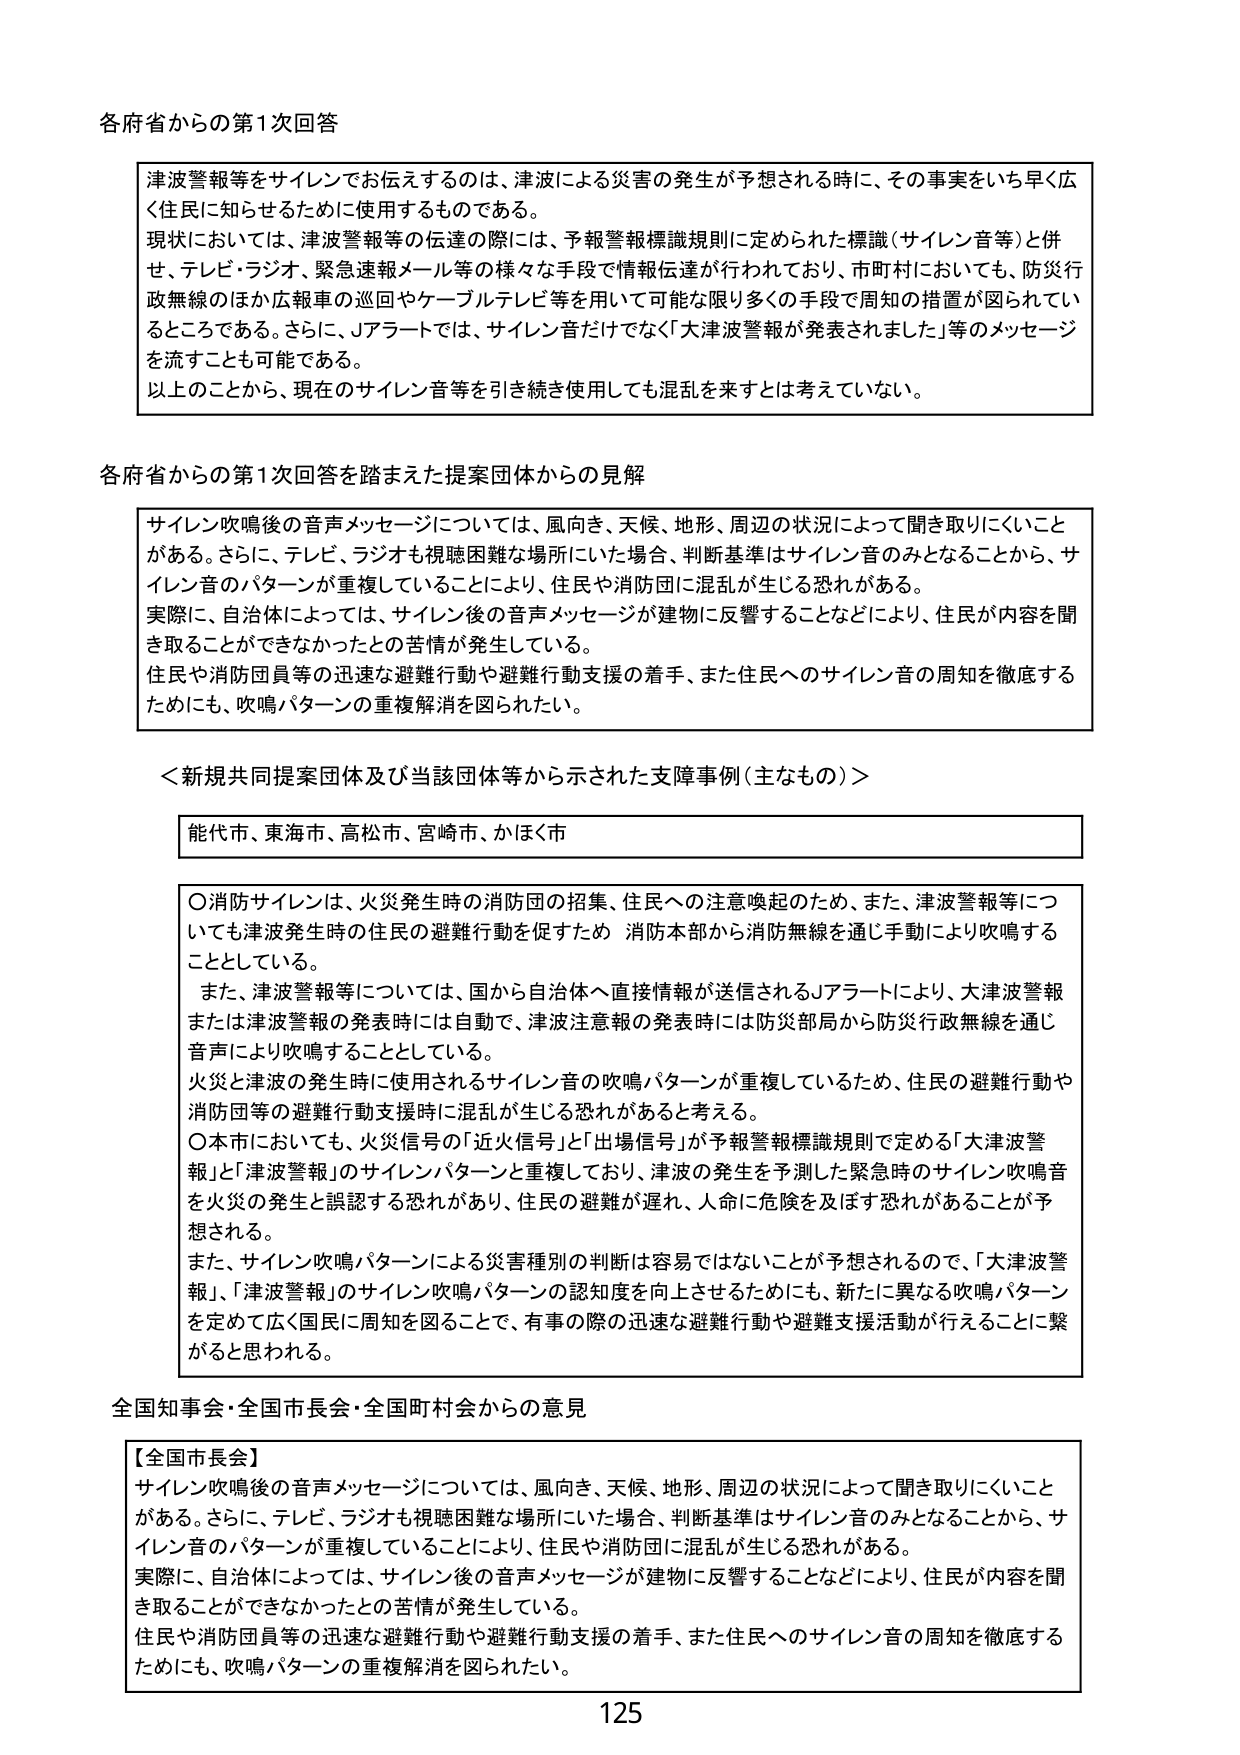
各府省からの第1次回答

津波警報等をサイレンでお伝えするのは、津波による災害の発生が予想される時に、その事実をいち早く広く住民に知らせるために使用するものである。
現状においては、津波警報等の伝達の際には、予報警報標識規則に定められた標識（サイレン音等）と併せ、テレビ・ラジオ、緊急速報メール等の様々な手段で情報伝達が行われており、市町村においても、防災行政無線のほか広報車の巡回やケーブルテレビ等を用いて可能な限り多くの手段で周知の措置が図られているところである。さらに、Jアラートでは、サイレン音だけでなく「大津波警報が発表されました」等のメッセージを流すことも可能である。
以上のことから、現在のサイレン音等を引き続き使用しても混乱を来すとは考えていない。

各府省からの第1次回答を踏まえた提案団体からの見解

サイレン吹鳴後の音声メッセージについては、風向き、天候、地形、周辺の状況によって聞き取りにくいことがある。さらに、テレビ、ラジオも視聴困難な場所にいた場合、判断基準はサイレン音のみとなることから、サイレン音のパターンが重複していることにより、住民や消防団に混乱が生じる恐れがある。
実際に、自治体によっては、サイレン後の音声メッセージが建物に反響することなどにより、住民が内容を聞き取ることができなかったとの苦情が発生している。
住民や消防団員等の迅速な避難行動や避難行動支援の着手、また住民へのサイレン音の周知を徹底するためにも、吹鳴パターンの重複解消を図られたい。

＜新規共同提案団体及び当該団体等から示された支障事例（主なもの）＞

能代市、東海市、高松市、宮崎市、かほく市

〇消防サイレンは、火災発生時の消防団の招集、住民への注意喚起のため、また、津波警報等についても津波発生時の住民の避難行動を促すため、消防本部から消防無線を通じ手動により吹鳴することとしている。
また、津波警報等については、国から自治体へ直接情報が送信されるJアラートにより、大津波警報または津波警報の発表時には自動で、津波注意報の発表時には防災部局から防災行政無線を通じ音声により吹鳴することとしている。
火災と津波の発生時に使用されるサイレン音の吹鳴パターンが重複しているため、住民の避難行動や消防団等の避難行動支援時に混乱が生じる恐れがあると考える。
〇本市においても、火災信号の「近火信号」と「出場信号」が予報警報標識規則で定める「大津波警報」と「津波警報」のサイレンパターンと重複しており、津波の発生を予測した緊急時のサイレン吹鳴音を火災の発生と誤認する恐れがあり、住民の避難が遅れ、人命に危険を及ぼす恐れがあることが予想される。
また、サイレン吹鳴パターンによる災害種別の判断は容易ではないことが予想されるので、「大津波警報」、「津波警報」のサイレン吹鳴パターンの認知度を向上させるためにも、新たに異なる吹鳴パターンを定めて広く国民に周知を図ることで、有事の際の迅速な避難行動や避難支援活動が行えることに繋がるとと思われる。

全国知事会・全国市長会・全国町村会からの意見

【全国市長会】
サイレン吹鳴後の音声メッセージについては、風向き、天候、地形、周辺の状況によって聞き取りにくいことがある。さらに、テレビ、ラジオも視聴困難な場所にいた場合、判断基準はサイレン音のみとなることから、サイレン音のパターンが重複していることにより、住民や消防団に混乱が生じる恐れがある。
実際に、自治体によっては、サイレン後の音声メッセージが建物に反響することなどにより、住民が内容を聞き取ることができなかったとの苦情が発生している。
住民や消防団員等の迅速な避難行動や避難行動支援の着手、また住民へのサイレン音の周知を徹底するためにも、吹鳴パターンの重複解消を図られたい。

125